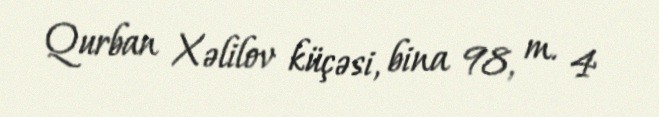
Qurban Xəlilov küçəsi, bina 98, m. 4